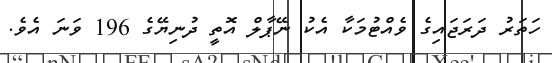
ހަތަރު ދަރަޖައިގެ ވެއްޓުމަކާ އެކު ނޭޕާލް އޮތީ ދުނިޔޭގެ 196 ވަނަ އެވެ.